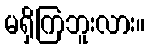
မရှိကြဘူးလား။